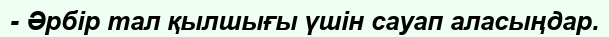
- Әрбір тал қылшығы үшін сауап аласыңдар.